Structure of Hæmatopota pluvialis (Meigen) - Number 55
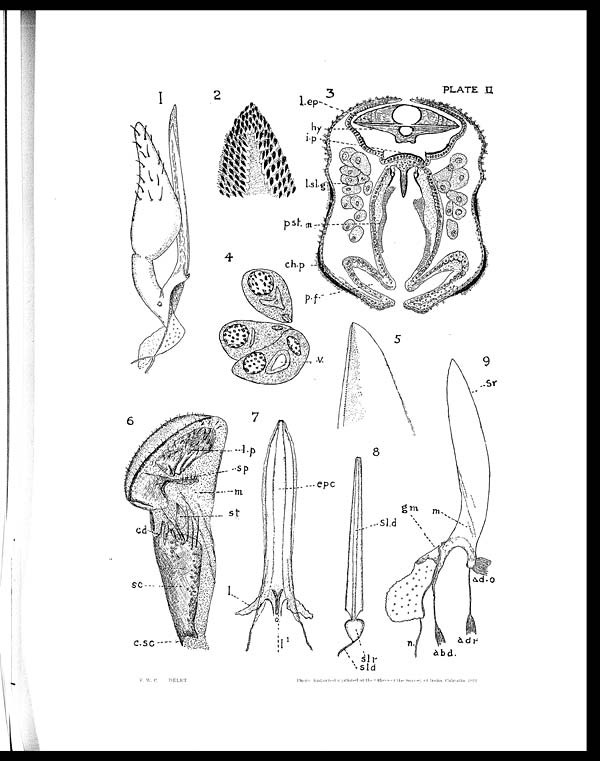
PLATE II
F. W. C. DELFT
Photo Engraved &Printed at the Office of the survey of India, o cutta 1912